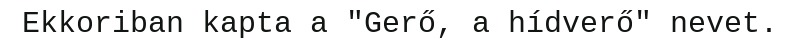
Ekkoriban kapta a "Gerő, a hídverő" nevet.